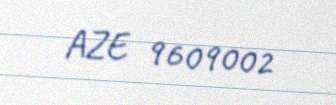
AZE 9609002